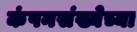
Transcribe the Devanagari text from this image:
कंपनसंख्येच्या